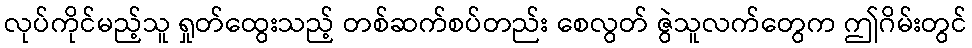
လုပ်ကိုင်မည့်သူ ရှုတ်ထွေးသည့် တစ်ဆက်စပ်တည်း စေလွတ် ဇွဲသူလက်တွေက ဤဂိမ်းတွင်